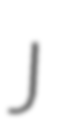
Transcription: J